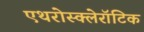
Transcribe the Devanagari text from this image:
एथरोस्क्लेरॉटिक